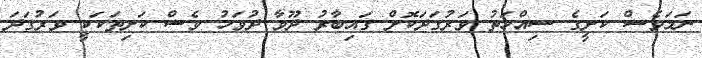
ނަމަވެސް ކަށީގެ ސިއްހަތު ވަރުގަދަކޮށް ގައިބާރު ދޫވާ ދުވަހު ވެސް ކަށިތަކަކީ ވަރުގަދަ